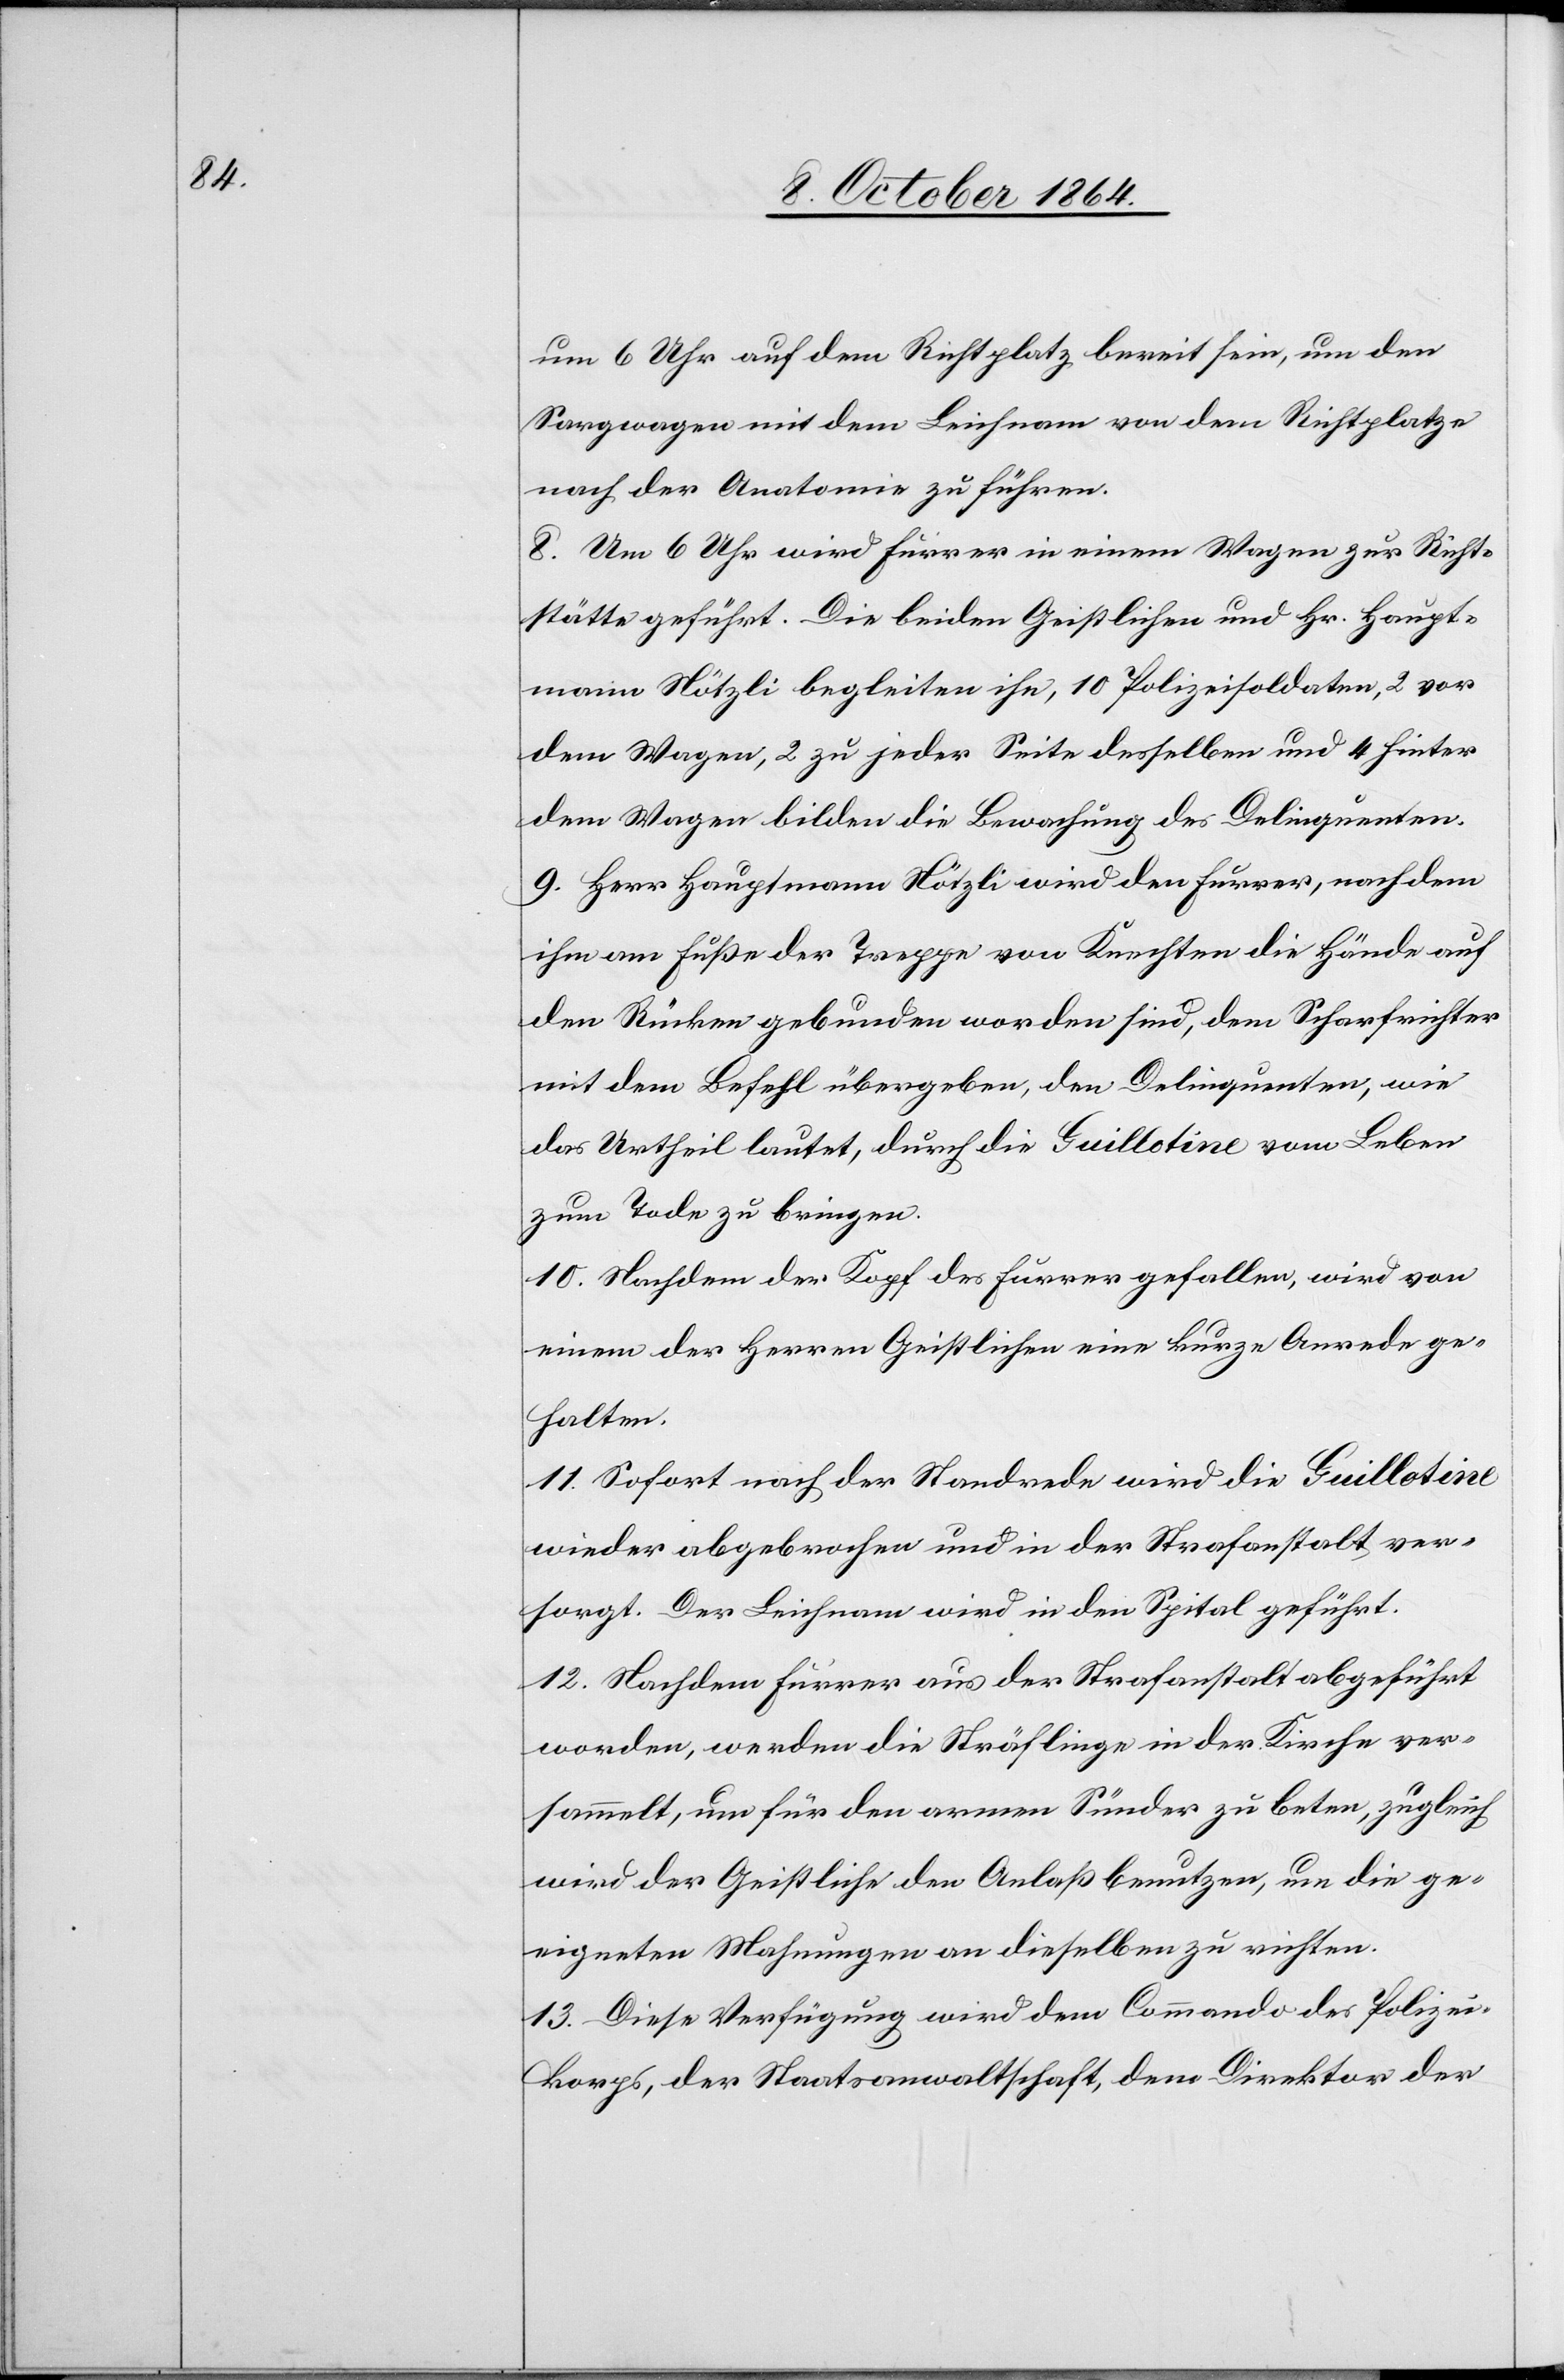
um 6 Uhr auf dem Richtplatz bereit sein, um den
Sargwagen mit dem Leichnam von dem Richtplatze
nach der Anatomie zu führen.
8. Um 6 Uhr wird Furrer in einem Wagen zur Richt¬
stätte geführt. Die beiden Geistlichen und Hr. Haupt¬
mann Nötzli begleiten ihn, 10 Polizeisoldaten, 2 vor
dem Wagen, 2 zu jeder Seite desselben und 4 hinter
dem Wagen bilden die Bewachung des Delinquenten.
9. Herr Hauptmann Nötzli wird den Furrer, nachdem
ihm am Fuße der Treppe von Knechten die Hände auf
den Rücken gebunden worden sind, dem Scharfrichter
mit dem Befehl übergeben, den Delinquenten, wie
das Urtheil lautet, durch die Guillotine vom Leben
zum Tode zu bringen.
10. Nachdem der Kopf des Furrer gefallen, wird von
einem der Herren Geistlichen eine kurze Anrede ge¬
halten.
11. Sofort nach der Standrede wird die Guillotine
wieder abgebrochen und in der Strafanstalt ver¬
sorgt. Der Leichnam wird in den Spital geführt.
12. Nachdem Furrer aus der Strafanstalt abgeführt
worden, werden die Sträflinge in der Kirche ver¬
sammelt, um für den armen Sünder zu beten, zugleich
wird der Geistliche den Anlaß benutzen, um die ge¬
eigneten Mahnungen an dieselben zu richten.
13. Diese Verfügung wird dem Commando des Polizei¬
korps, der Staatsanwaltschaft, dem Direktor der